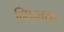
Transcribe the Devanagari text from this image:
निफ़ाक़